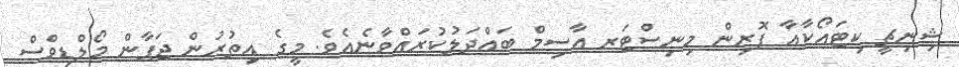
ޝިނިޗީ ކިޓައޯކާއާ ފޮރިން މިނިސްޓަރ އާސިމް ބައްދަލުކުރައްވާނެއެވެ. މީގެ އިތުރުން ޖަޕާން މޯލްޑިވްސް